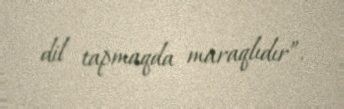
dil tapmaqda maraqlıdır”.